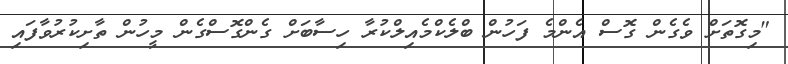
"މިގޮތަށް ވެގެން ގޮސް އެންމެ ފަހުން ބްލެކްމެއިލްކުރާ ހިސާބަށް ގެންގޮސްގެން މީހުން ތާށިކުރުވާފައި